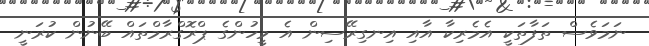
ނަމަވެސް ތަފާތަކީ އެމެރިކާ އާއި އިނގިރޭސިން އެ މީހުންގެ ޕްރޮގްރާމްތައް ބޭނުން ކުރަނީ